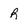
Character: r